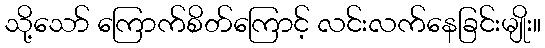
သို့သော် ကြောက်စိတ်ကြောင့် လင်းလက်နေခြင်းမျိုး။